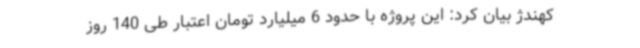
کهندژ بیان کرد: این پروژه با حدود 6 میلیارد تومان اعتبار طی 140 روز